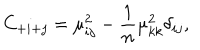
C _ { + i + j } = \mu _ { i j } ^ { 2 } - { \frac { 1 } { n } } \mu _ { k k } ^ { 2 } \delta _ { i j } ,